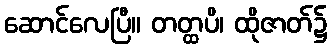
ဆောင်လေပြီ။ တတ္ထပိ၊ ထိုဇာတ်၌